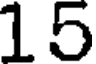
15